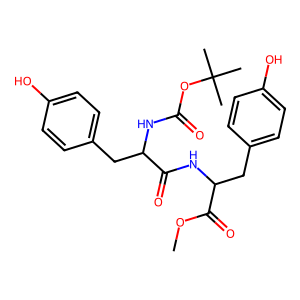
SMILES: COC(=O)C(Cc1ccc(O)cc1)NC(=O)C(Cc1ccc(O)cc1)NC(=O)OC(C)(C)C
Inhibits HIV replication: No